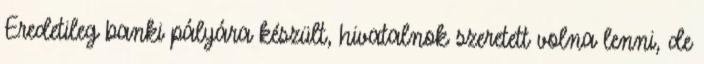
Eredetileg banki pályára készült, hivatalnok szeretett volna lenni, de